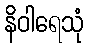
နိဝါရေသုံ